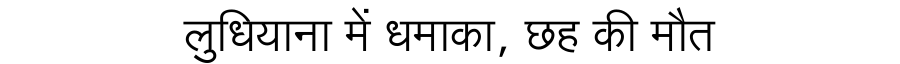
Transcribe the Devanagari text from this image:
लुधियाना में धमाका, छह की मौत